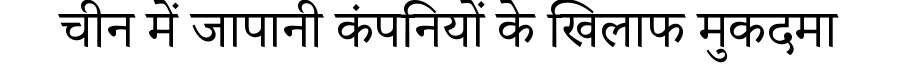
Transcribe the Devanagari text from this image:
चीन में जापानी कंपनियों के खिलाफ मुकदमा